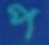
প